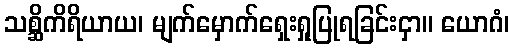
သစ္ဆိကိရိယာယ၊ မျက်မှောက်ရှေးရှုပြုရခြင်းငှာ။ ယောဂံ၊